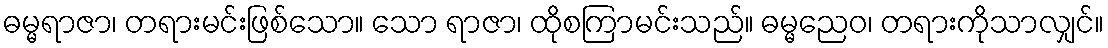
ဓမ္မရာဇာ၊ တရားမင်းဖြစ်သော။ သော ရာဇာ၊ ထိုစကြာမင်းသည်။ ဓမ္မညေဝ၊ တရားကိုသာလျှင်။